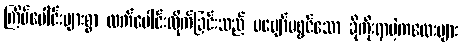
ကြိမ်ပေါင်းများစွာ လက်ပေါင်းလိုက်ခြင်းသည် မပျော်မရွှင်သော ခိုကိုးရာမဲ့ကလေးများ